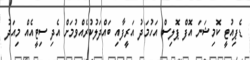
ޑެޕިއުޓީ ކޮމިޝަނަ އޮފް ޕޮލިސް އަހުމަދު އަރީފާއި ބައްދަލުކުރެއްވުމަށް އެދި ސިޓީއެއް މިއަދު